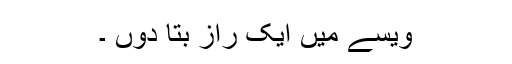
ویسے میں ایک راز بتا دوں ۔